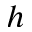
h